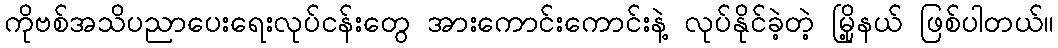
ကိုဗစ်အသိပညာပေးရေးလုပ်ငန်းတွေ အားကောင်းကောင်းနဲ့ လုပ်နိုင်ခဲ့တဲ့ မြို့နယ် ဖြစ်ပါတယ်။